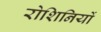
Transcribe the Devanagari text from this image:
रोशिनियों